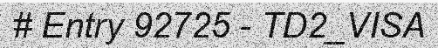
# Entry 92725 - TD2_VISA